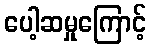
ပေါ့ဆမှုကြောင့်